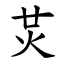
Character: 炗